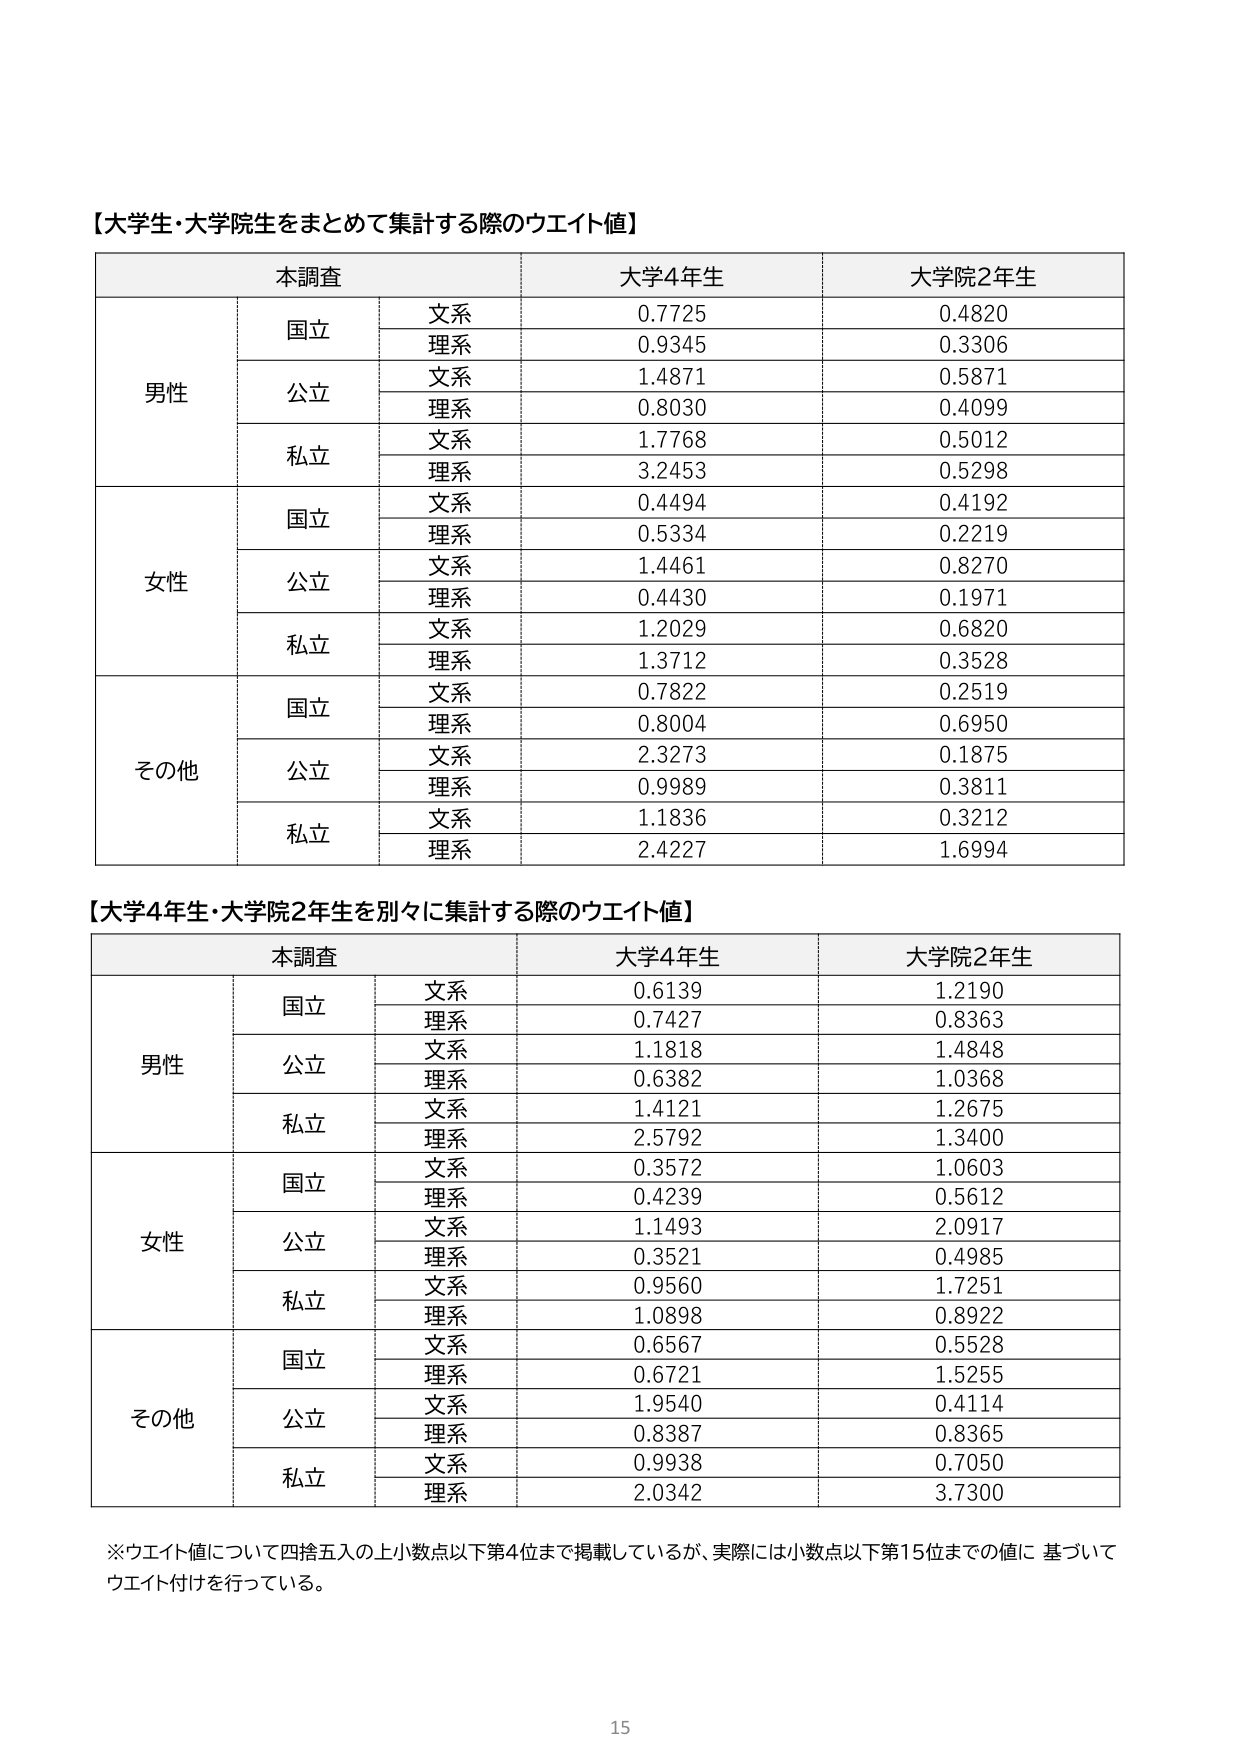
【大学生・大学院生をまとめて集計する際のウエイト値】

本調査 大学4年生 大学院2年生

男性 国立 文系 0.7725 0.4820
理系 0.9345 0.3306
公立 文系 1.4871 0.5871
理系 0.8030 0.4099
私立 文系 1.7768 0.5012
理系 3.2453 0.5298

女性 国立 文系 0.4494 0.4192
理系 0.5334 0.2219
公立 文系 1.4461 0.8270
理系 0.4430 0.1971
私立 文系 1.2029 0.6820
理系 1.3712 0.3528

その他 国立 文系 0.7822 0.2519
理系 0.8004 0.6950
公立 文系 2.3273 0.1875
理系 0.9989 0.3811
私立 文系 1.1836 0.3212
理系 2.4227 1.6994

【大学4年生・大学院2年生を別々に集計する際のウエイト値】

本調査 大学4年生 大学院2年生

男性 国立 文系 0.6139 1.2190
理系 0.7427 0.8363
公立 文系 1.1818 1.4848
理系 0.6382 1.0368
私立 文系 1.4121 1.2675
理系 2.5792 1.3400

女性 国立 文系 0.3572 1.0603
理系 0.4239 0.5612
公立 文系 1.1493 2.0917
理系 0.3521 0.4985
私立 文系 0.9560 1.7251
理系 1.0898 0.8922

その他 国立 文系 0.6567 0.5528
理系 0.6721 1.5255
公立 文系 1.9540 0.4114
理系 0.8387 0.8365
私立 文系 0.9938 0.7050
理系 2.0342 3.7300

※ウエイト値について四捨五入の上小数点以下第4位まで掲載しているが、実際には小数点以下第15位までの値に基づいてウエイト付けを行っている。

15